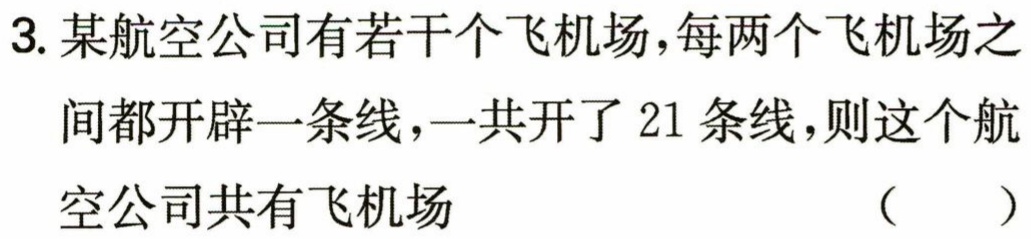
3. 某航空公司有若干个飞机场,每两个飞机场之间都开辟一条线,一共开了 21 条线,则这个航空公司共有飞机场 （  ）